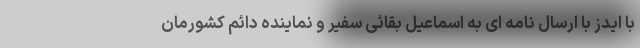
با ایدز با ارسال نامه ای به اسماعیل بقائی سفیر و نماینده دائم کشورمان